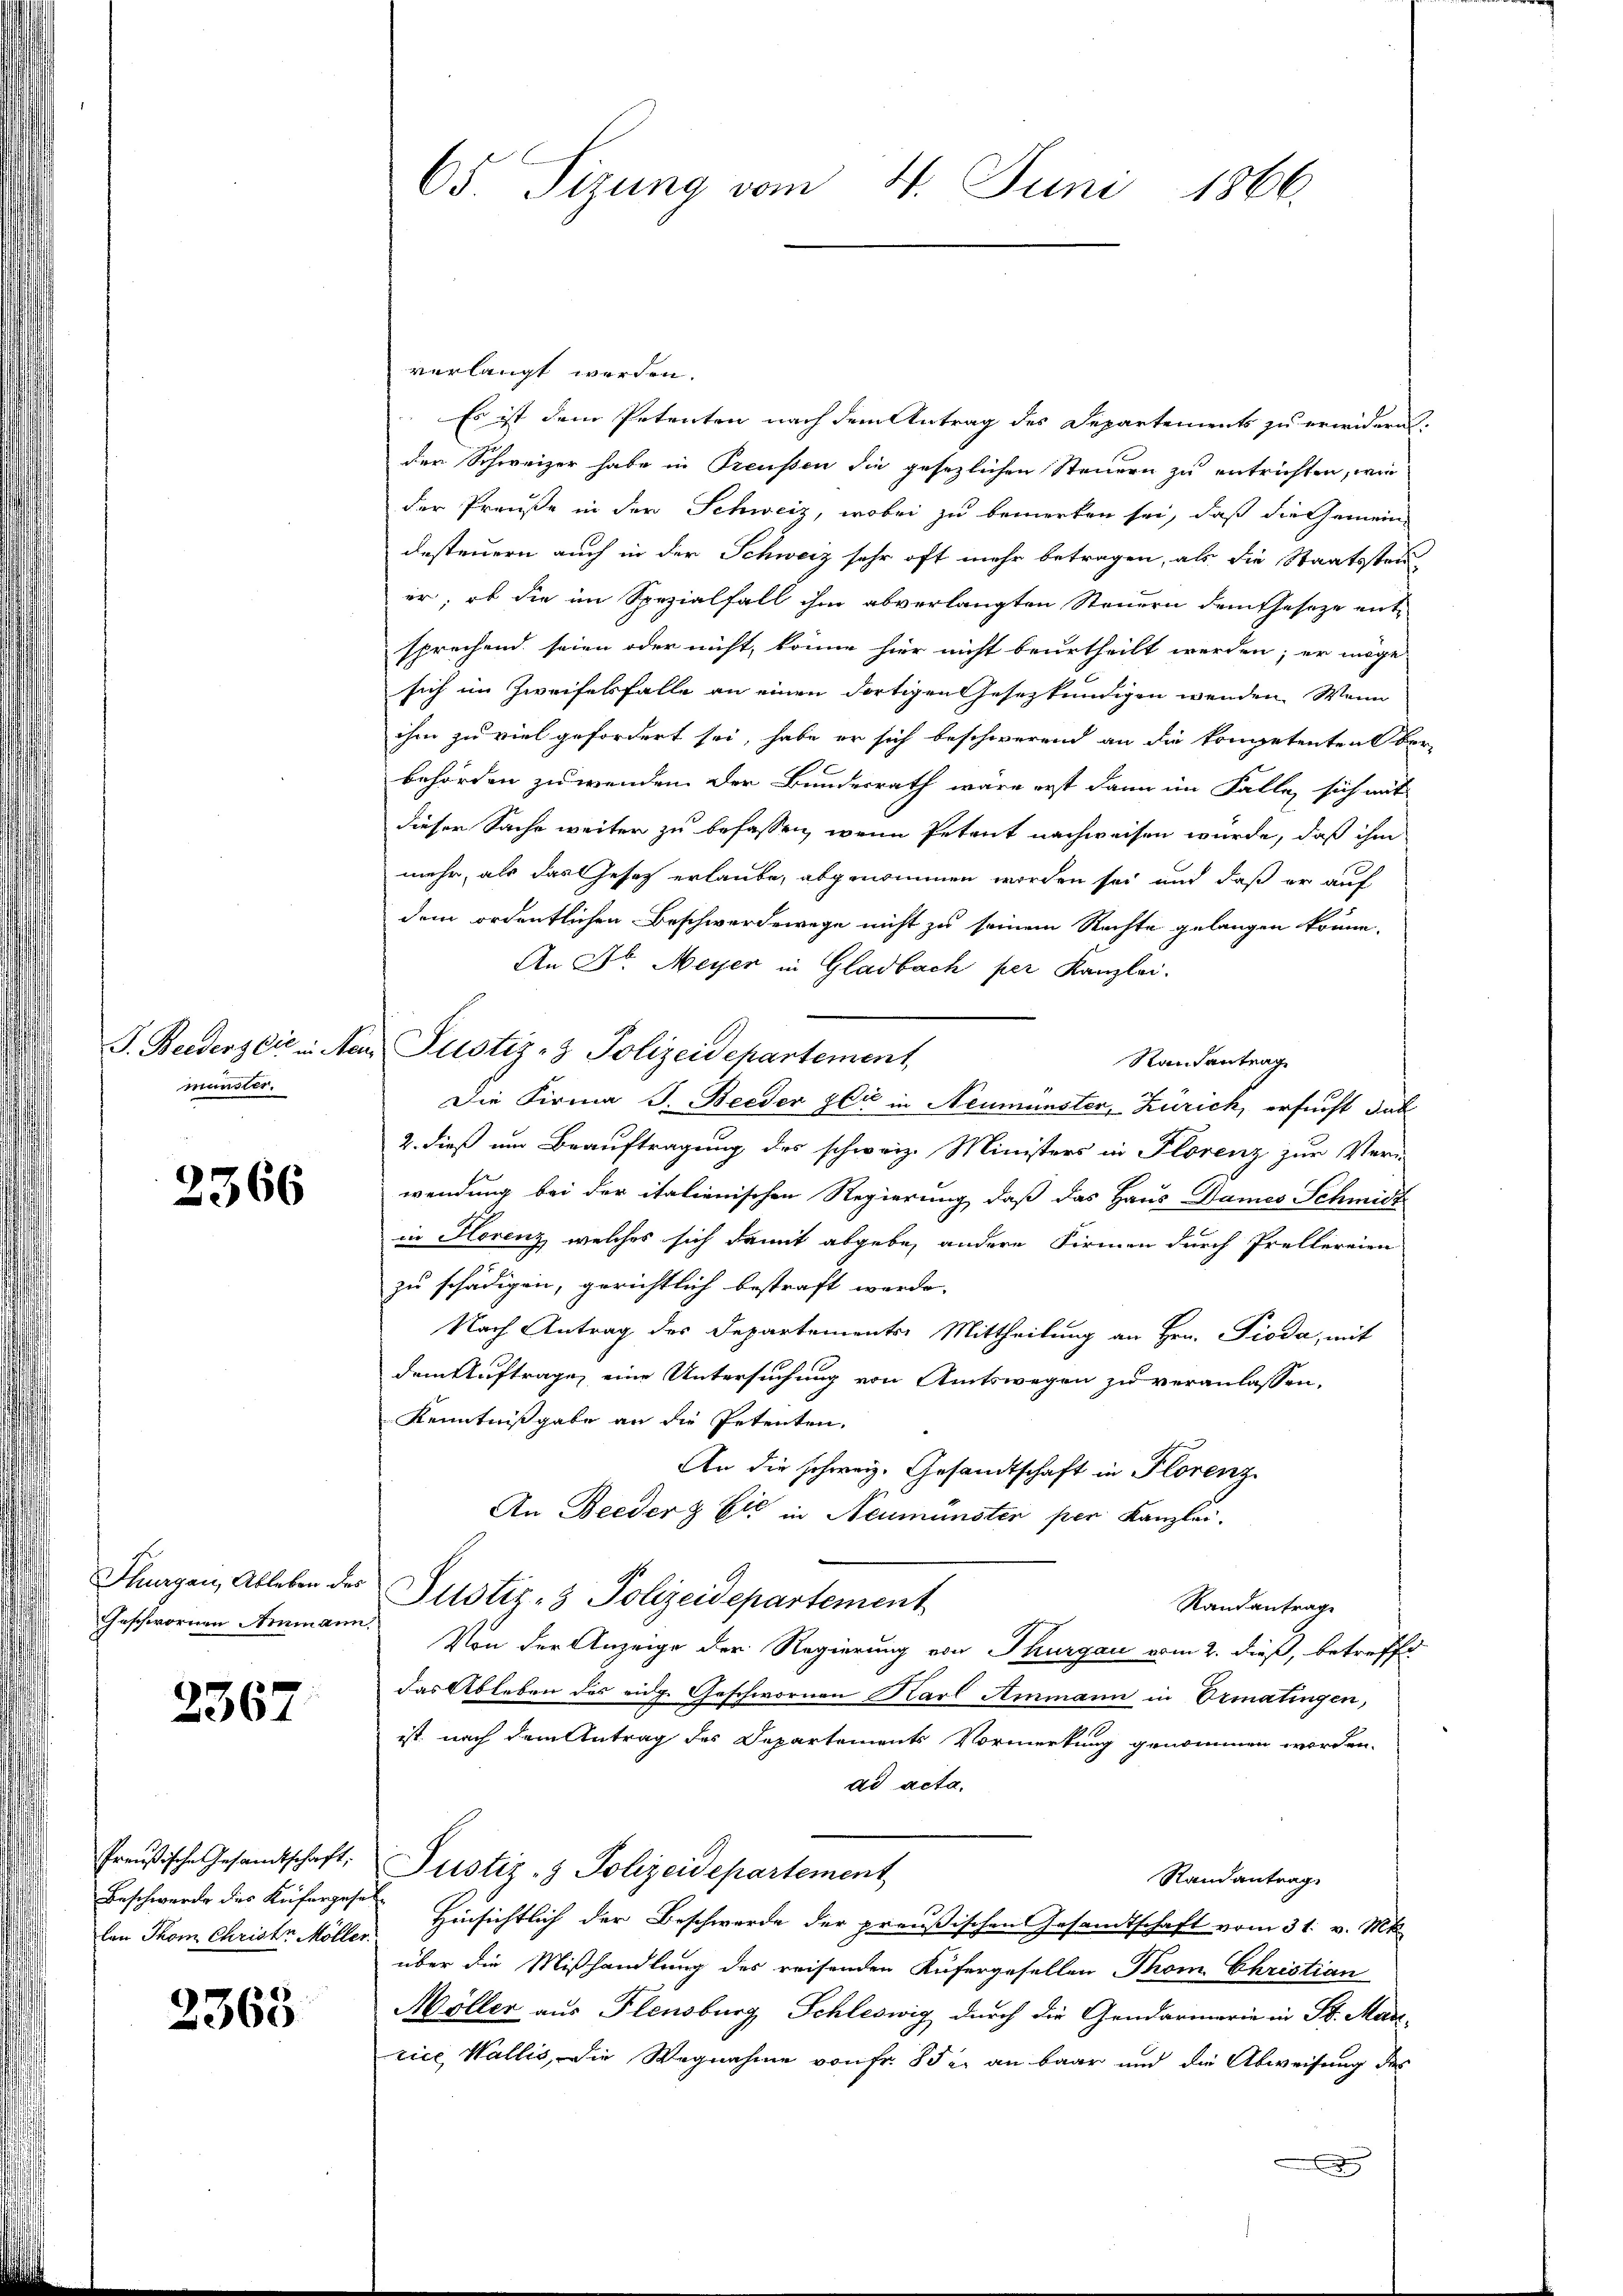
J. Beiders Cie in Neu
münster.

2366

Thurgau, Ableben des
Geschwornen Ammann

2367

Preußische Gesandtschaft,
Beschwerde des Käfergese
lan Thom Christe Möller.

2363

65. Sizung vom 4. Juni 1866.

verlangt werden.
Es ist dem Petenten nach dem Antrag des Departements zu erwidern,
der Schweizer habe in Preußen die gesezlichen Steuern zu entrichten, wie
der Preuße in der Schweiz, wobei zu bemerken sei, daß die Gemein-
desteuern auch in der Schweiz sehr oft mehr betragen, als die Staatsstan-
er, ob die im Spezialfall ihm abverlangten Steuern dem Geseze entsprechend seien oder nicht, könne hier nicht beurtheilt werden; er möge
sich im Zweifelsfalle an einen dortigen Gesezkundigen wenden. Wenn
ihm zu viel gefordert sei, habe er sich beschwerend an die kompetenten ber
2
behörden zu wenden der Bundesrath wäre erst dann im Falle sich mit
dieser Sache weiter zu befassen, wenn Petent nachweisen wurde, daß ihm
mehr, als das Gesetz erlaube, abgenommen worden sei und daß er auf
dem ordentlichen Beschwerdewege nicht zu seinem Rechte gelangen könne.
An Dr. Meyer in Gladbach per Kanzlei.
Justiz- & Polizeidepartement
Randantrag
Die Firma J. Beider zur in Neumünster, Zürich, ersucht das
2. dieß um Beauftragung des schweiz. Ministers in Florenz zur Ver-
wendung bei der italienischen Regierung, daß das Haus Dames Schmidt
in Florenz, welches sich damit abgebe, andere Firmen durch Prellereien
zu schädigen, gerichtlich bestraft werde.
Nach Antrag des Departements Mittheilung an Hrn. Pioda, mit
dem Auftrage, eine Untersuchung von Amtswegen zu veranlassen,
Kenntnißgabe an die Petenten,
An die schweiz. Gesandtschaft in Florenz
An Beeder Eis in Neumünsten per Kanzlei,
Justiz- & Polizeidepartement
Randantrage
Von der Anzeige der Regierung von Thurgau vom 2. dieß, betreffe
das Ableben des eidge Geschwornen Karl Ammann in Ermatingen,
ist, nach dem Antrag des Departements Vormerkung genommen worden.
ad acta.
Justiz- & Polizeidepartement
Randantrag.
Hinsichtlich der Beschwerde der preußischen Gesandtschaft vom 31. v. Mt
über die Mißhandlung des reisenden Aufergesellen Thom. Christian
Möller aus Plensburg, Schleswig durch die Gendarmerie in St. Mart-
rice, Wallis, die Wegnahme von Fr. 85 c. an baar und die Abweisung des
.